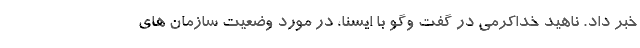
خبر داد. ناهید خداکرمی در گفت وگو با ایسنا، در مورد وضعیت سازمان های